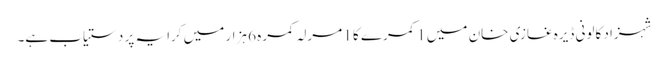
شہزاد کالونی ڈیرہ غازی خان میں 1 کمرے کا 1 مرلہ کمرہ 6 ہزار میں کرایہ پر دستیاب ہے۔